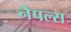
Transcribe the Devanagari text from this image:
नैपल्स